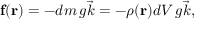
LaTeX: \mathbf { f } ( \mathbf { r } ) = - d m \, g { \vec { k } } = - \rho ( \mathbf { r } ) d V \, g { \vec { k } } ,